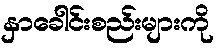
နှာခေါင်းစည်းများကို